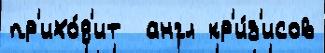
пр'ихо́д'ит  англ кр'и́з'исов